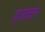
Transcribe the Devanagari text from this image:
हज्ज़ार